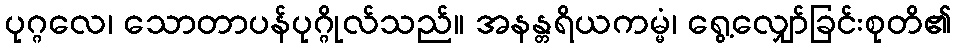
ပုဂ္ဂလေ၊ သောတာပန်ပုဂ္ဂိုလ်သည်။ အနန္တရိယကမ္မံ၊ ရွေ့လျှော်ခြင်းစုတိ၏